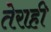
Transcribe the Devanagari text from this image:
तेराही